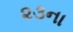
૨૩ના